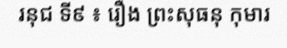
រនុជ ទី៩ ៖ រឿង ព្រះសុធនុ កុមារ